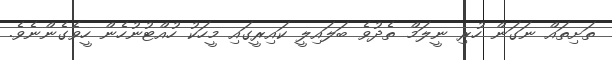
ތަށިތައް ނަގަން ހުރި ނީލަމް ތެދުވެ ބަލައިލީ ކައިރީގައި މީހަކު ހުއްޓުނުހެން ހީވެގެންނެވެ.